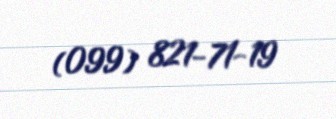
(099) 821-71-19